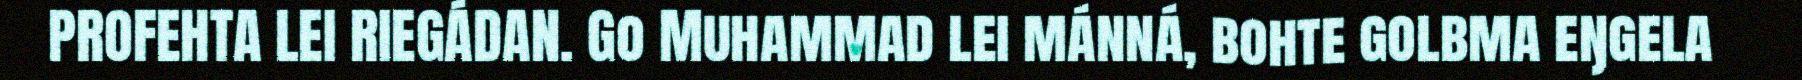
PROFEHTA LEI RIEGÁDAN. Go Muhammad lei mánná, bohte golbma eŋgela